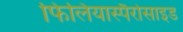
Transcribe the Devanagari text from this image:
फिलियास्पैरोसाइड